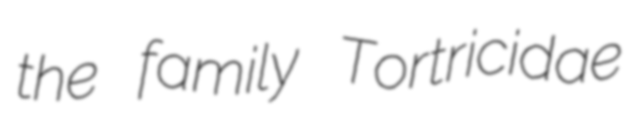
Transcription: the family Tortricidae